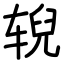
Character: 𫐐